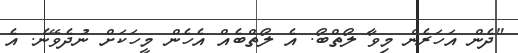
"ދެން އަހަރެން މިވާ ލޯތްބޯ. އެ ލޯތްބެއް އެހެން މީހަކަށް ނުދެވޭނެ. އެ